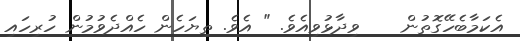
އެކަމާބެހޭގޮތުން    ވިދާޅުވިއެވެ. " އެވެ. ތިޔަހެން ހެއްދެވުމުން ހުރިހައި